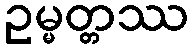
ဥမ္မတ္တဿ